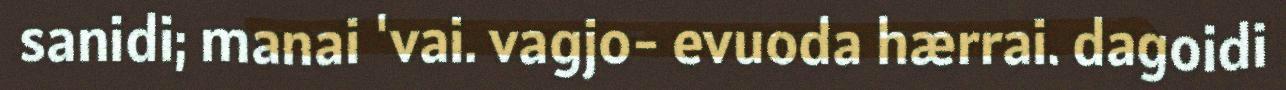
sanidi; manai 'vai. vagjo- evuoda hærrai. dagoidi